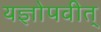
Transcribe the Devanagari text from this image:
यज्ञोपवीत्